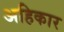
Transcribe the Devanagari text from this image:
अहिकार